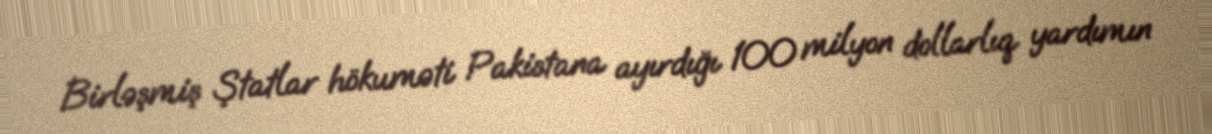
Birləşmiş Ştatlar hökuməti Pakistana ayırdığı 100 milyon dollarlıq yardımın